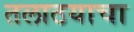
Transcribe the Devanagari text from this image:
तलाठयाचा